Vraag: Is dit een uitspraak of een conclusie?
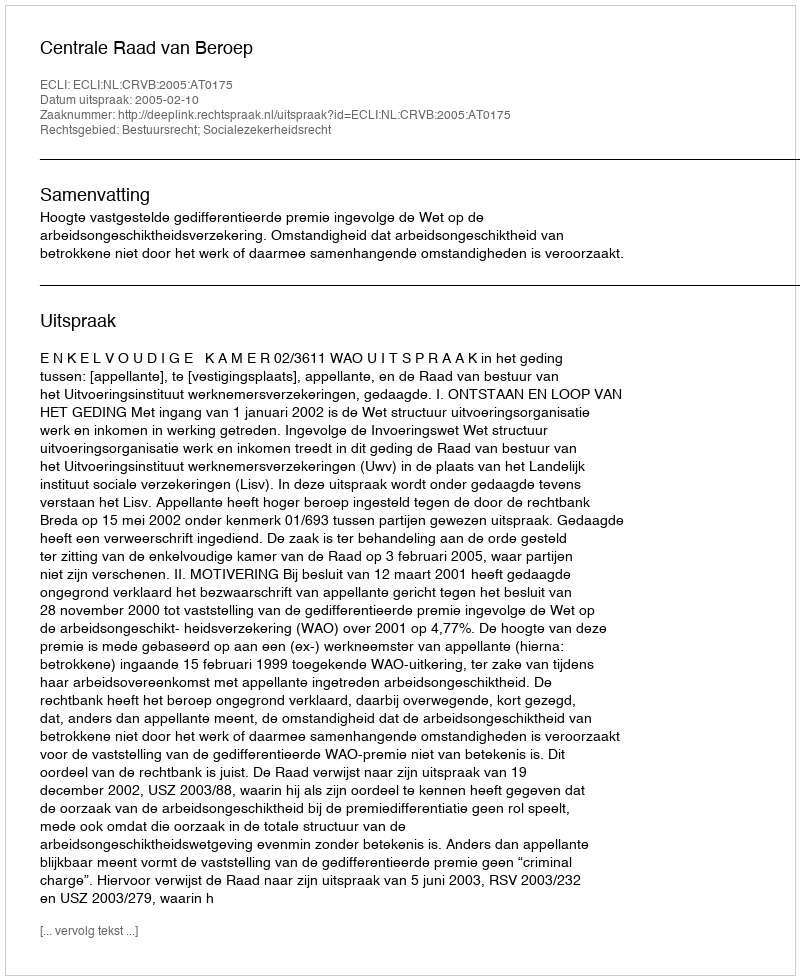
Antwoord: Uitspraak